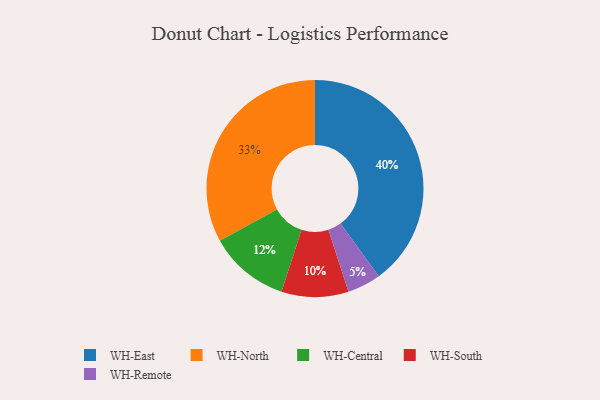
{"axis": {"x": "Category", "y": "Percentage"}, "legend": ["WH-Central", "WH-East", "WH-North", "WH-Remote", "WH-South"], "data": [{"x": "WH-South", "y": 10, "type": "WH-South"}, {"x": "WH-East", "y": 40, "type": "WH-East"}, {"x": "WH-Central", "y": 12, "type": "WH-Central"}, {"x": "WH-Remote", "y": 5, "type": "WH-Remote"}, {"x": "WH-North", "y": 33, "type": "WH-North"}]}